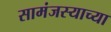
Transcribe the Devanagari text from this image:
सामंजस्याच्या